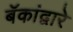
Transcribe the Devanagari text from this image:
बॅकांद्वारे